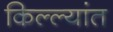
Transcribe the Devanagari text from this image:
किल्ल्यांत